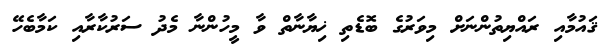
ޤައުމާއި ރައްޔިތުންނަށް މިވަރުގެ ބޮޑެތި ޚިޔާނާތް ވާ މީހުންނާ މެދު ސަރުކާރާއި ކަމާބެހޭ